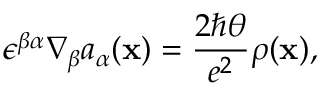
\epsilon ^ { \beta \alpha } \nabla _ { \beta } a _ { \alpha } ( { \bf x } ) = { \frac { 2 \hbar \theta } { e ^ { 2 } } } \rho ( { \bf x } ) ,